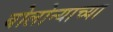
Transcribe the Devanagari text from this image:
बोलोन्याच्या